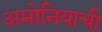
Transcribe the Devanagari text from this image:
अमोनियाची